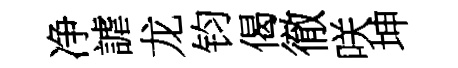
净謔龙钧偈徹咲坤